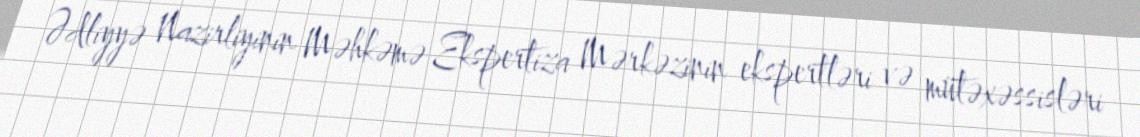
Ədliyyə Nazirliyinin Məhkəmə Ekspertiza Mərkəzinin ekspertləri və mütəxəssisləri